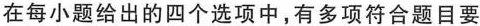
在每小题给出的四个选项中，有多项符合题目要